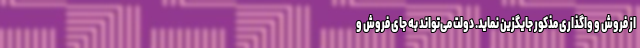
از فروش و واگذاری مذکور جایگزین نماید. دولت می‌تواند به جای فروش و